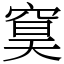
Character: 䆨